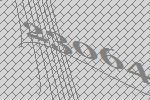
23064